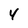
Character: 4